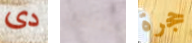
دى يستغل حجرة